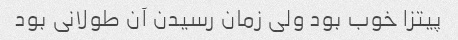
پیتزا خوب بود ولی زمان رسیدن آن طولانی بود